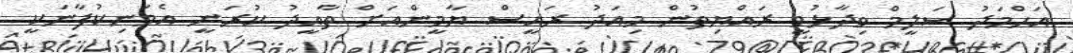
އަހްމަދު ސަލީމް ވިދާޅުވީ ރައްޔިތުން މިއަދު ރައީސް ޔާމީންއަށް ތާއީދު ކުރަނީ އެމަނިކުފާނަކީ